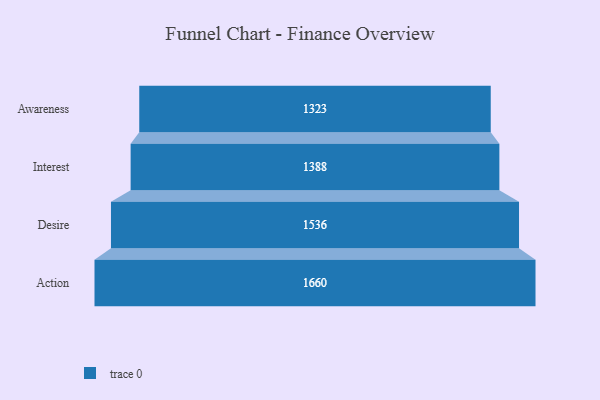
{"axis": {"x": "Stage", "y": "Value"}, "legend": [""], "data": [{"x": "Awareness", "y": 1323.0, "type": ""}, {"x": "Interest", "y": 1388.0, "type": ""}, {"x": "Desire", "y": 1536.0, "type": ""}, {"x": "Action", "y": 1660.0, "type": ""}]}